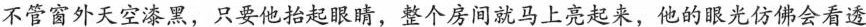
不管窗外天空漆黑，只要他抬起眼睛，整个房间就马上亮起来，他的眼光仿佛会看透